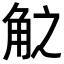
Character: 𮗧